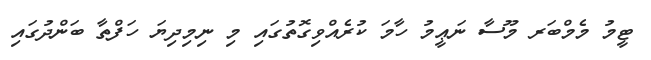
ޓީމު މެމްބަރ މޫސާ ނަޢީމު ހާމަ ކުރެއްވިގޮތުގައި މި ނިމިދިޔަ ހަފްތާ ބަންދުގައި